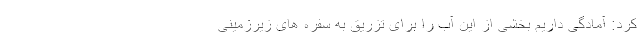
کرد: آمادگی داریم بخشی از این آب را برای تزریق به سفره های زیرزمینی